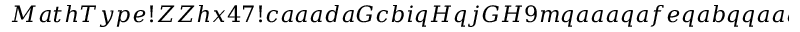
M a t h T y p e ! Z Z h x 4 7 ! c a a a d a G c b i q H q j G H 9 m q a a a q a f e q a b q q a a a a a b i a H W n W d b a W c b i a I W a